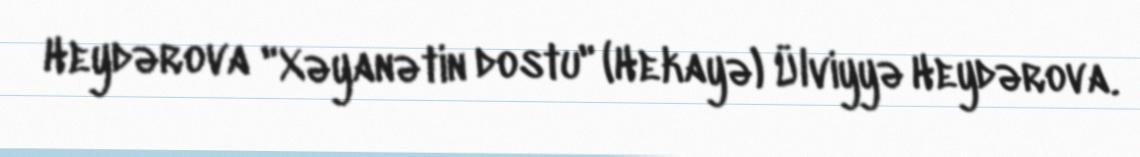
Heydərova "Xəyanətin dostu" (Hekayə) Ülviyyə Heydərova.